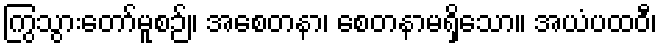
ကြွသွားတော်မူစဉ်။ အစေတနာ၊ စေတနာမရှိသော။ အယံပထဝီ၊